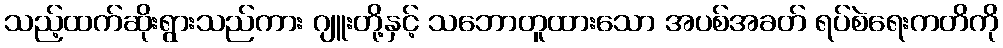
သည့်ထက်ဆိုးရွားသည်ကား ဂျူးတို့နှင့် သဘောတူထားသော အပစ်အခတ် ရပ်စဲရေးကတိကို